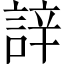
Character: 䛨